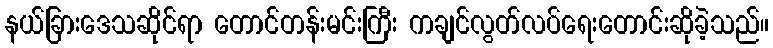
နယ်ခြားဒေသဆိုင်ရာ တောင်တန်းမင်းကြီး ကချင်လွတ်လပ်ရေးတောင်းဆိုခဲ့သည်။